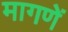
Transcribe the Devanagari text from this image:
मागणें